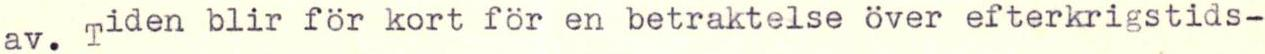
av. Tiden blir för kort för en betraktelse över efterkrigstids-